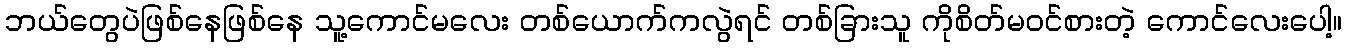
ဘယ်တွေပဲဖြစ်နေဖြစ်နေ သူ့ကောင်မလေး တစ်ယောက်ကလွဲရင် တစ်ခြားသူ ကိုစိတ်မဝင်စားတဲ့ ကောင်လေးပေါ့။